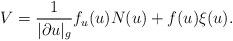
LaTeX: \begin{align*}V=\frac{1}{|\partial u|_g} f_{u}(u)N(u)+f(u) \xi(u).\end{align*}